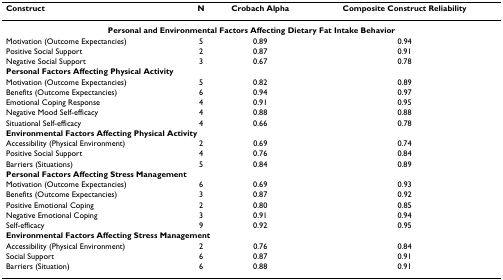
| Construct | N | Crobach Alpha | Composite Construct Reliability |
 | --- | --- | --- | --- |
 | <COLSPAN=4> Personal and Environmental Factors Affecting Dietary Fat Intake Behavior |
 | Motivation (Outcome Expectancies) | 5 | 0.89 | 0.94 |
 | Positive Social Support | 2 | 0.87 | 0.91 |
 | Negative Social Support | 3 | 0.67 | 0.78 |
 | <COLSPAN=4> Personal Factors Affecting Physical Activity |
 | Motivation (Outcome Expectancies) | 5 | 0.82 | 0.89 |
 | Benefits (Outcome Expectancies) | 6 | 0.94 | 0.97 |
 | Emotional Coping Response | 4 | 0.91 | 0.95 |
 | Negative Mood Self-efficacy | 4 | 0.88 | 0.88 |
 | Situational Self-efficacy | 4 | 0.66 | 0.78 |
 | <COLSPAN=4> Environmental Factors Affecting Physical Activity |
 | Accessibility (Physical Environment) | 2 | 0.69 | 0.74 |
 | Positive Social Support | 4 | 0.76 | 0.84 |
 | Barriers (Situations) | 5 | 0.84 | 0.89 |
 | <COLSPAN=4> Personal Factors Affecting Stress Management |
 | Motivation (Outcome Expectancies) | 6 | 0.69 | 0.93 |
 | Benefits (Outcome Expectancies) | 3 | 0.87 | 0.92 |
 | Positive Emotional Coping | 2 | 0.80 | 0.85 |
 | Negative Emotional Coping | 3 | 0.91 | 0.94 |
 | Self-efficacy | 9 | 0.92 | 0.95 |
 | <COLSPAN=4> Environmental Factors Affecting Stress Management |
 | Accessibility (Physical Environment) | 2 | 0.76 | 0.84 |
 | Social Support | 6 | 0.87 | 0.91 |
 | Barriers (Situation) | 6 | 0.88 | 0.91 |